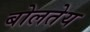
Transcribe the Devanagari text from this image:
बोलतेय